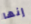
إنها